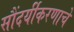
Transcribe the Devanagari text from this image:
सौंदर्यीकरणाचे